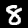
Digit: 8